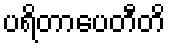
ပရိတာပေတီတိ